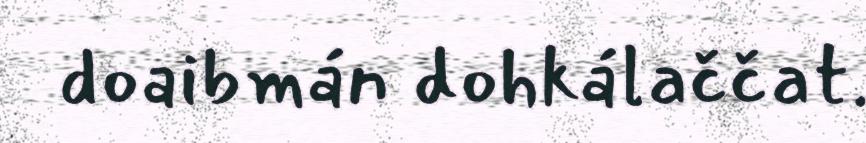
doaibmán dohkálaččat.